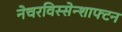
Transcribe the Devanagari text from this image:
नेचरविस्सेन्शाफ्टन